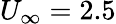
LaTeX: U_{\infty}=2.5